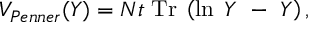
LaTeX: V _ { P e n n e r } ( Y ) = N t \; \mathrm { T r } \; \left( \ln \; Y ~ - ~ Y \right) ,